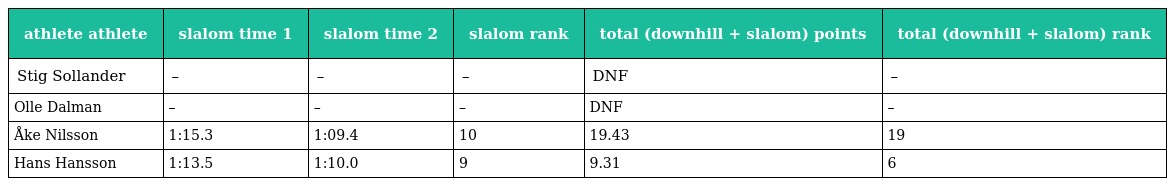
| athlete athlete | slalom time 1 | slalom time 2 | slalom rank | total (downhill + slalom) points | total (downhill + slalom) rank |
 | --- | --- | --- | --- | --- | --- |
 | Stig Sollander | – | – | – | DNF | – |
 | Olle Dalman | – | – | – | DNF | – |
 | Åke Nilsson | 1:15.3 | 1:09.4 | 10 | 19.43 | 19 |
 | Hans Hansson | 1:13.5 | 1:10.0 | 9 | 9.31 | 6 |